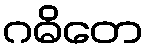
ဂဓိတေ